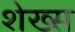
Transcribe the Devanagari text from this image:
शेख्स